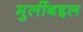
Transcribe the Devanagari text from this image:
मुलींबद्दल